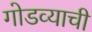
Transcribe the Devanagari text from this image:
गोडव्याची